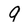
Character: 9